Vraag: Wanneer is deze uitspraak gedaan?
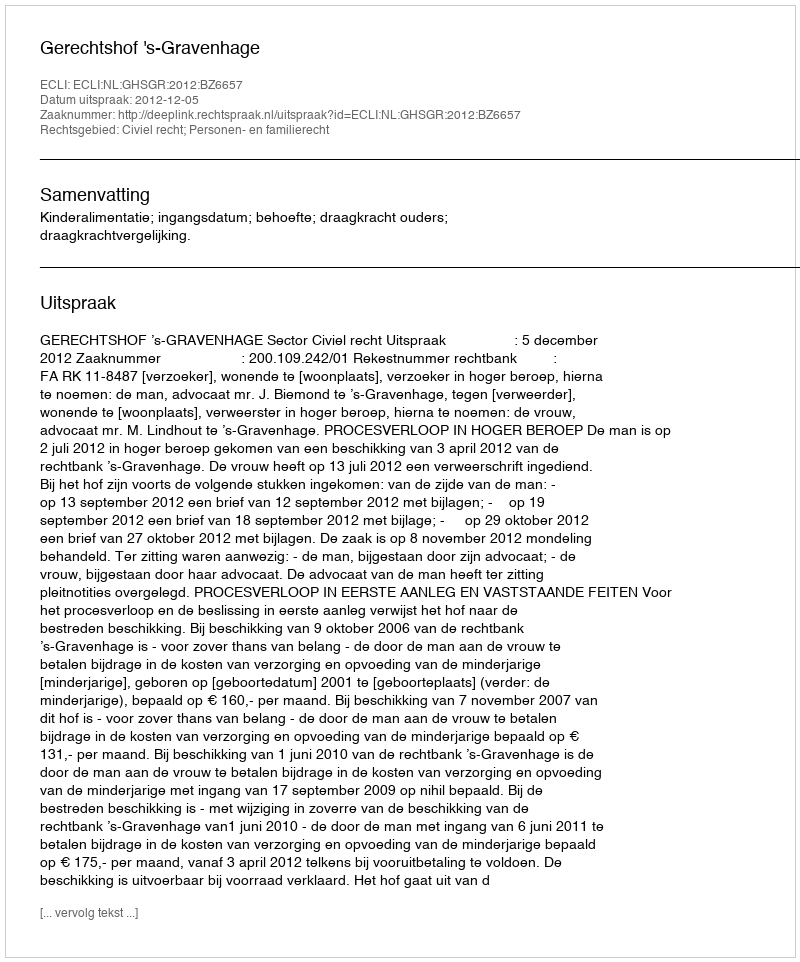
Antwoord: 2012-12-05